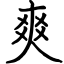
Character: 爽